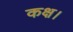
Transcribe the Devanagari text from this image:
कक्ष।